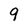
Character: q